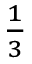
{ } _ { \frac { 1 } { 3 } }